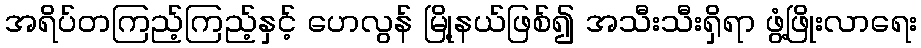
အရိပ်တကြည့်ကြည့်နှင့် ဟေလွန် မြို့နယ်ဖြစ်၍ အသီးသီးရှိရာ ဖွံ့ဖြိုးလာရေး